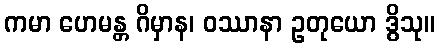
ကမာ ဟေမန္တ ဂိမှာန၊ ဝဿာနာ ဥတုယော ဒွိသု။